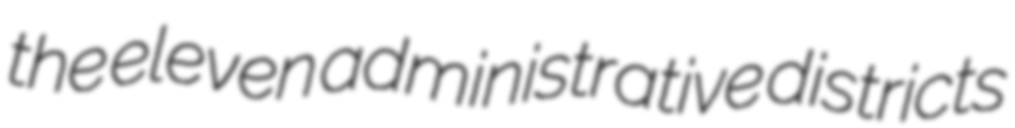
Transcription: the eleven administrative districts